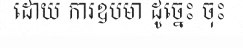
ដោយ ការឧបមា ដូច្នេះ ចុះ